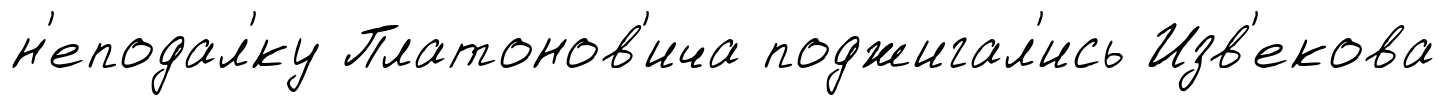
н'еподал'́ку Платонов'ича поджигал'ись Изв'екова